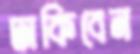
ঢাকিবেন